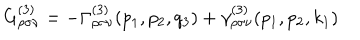
LaTeX: G _ { \rho \sigma \nu } ^ { ( 3 ) } = - \Gamma _ { \rho \sigma \nu } ^ { ( 3 ) } ( p _ { 1 } , p _ { 2 } , q _ { 3 } ) + \gamma _ { \rho \sigma \nu } ^ { ( 3 ) } ( p _ { 1 } , p _ { 2 } , k _ { 1 } )